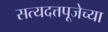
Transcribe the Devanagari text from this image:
सत्यदत्तपूजेच्या